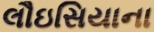
લૌઇસિયાના